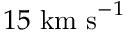
1 5 ~ \mathrm { k m ~ s } ^ { - 1 }